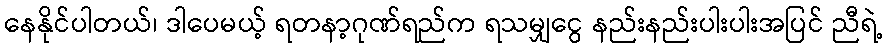
နေနိုင်ပါတယ်၊ ဒါပေမယ့် ရတနာ့ဂုဏ်ရည်က ရသမျှငွေ နည်းနည်းပါးပါးအပြင် ညီရဲ့